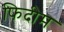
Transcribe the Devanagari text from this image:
फिदीम